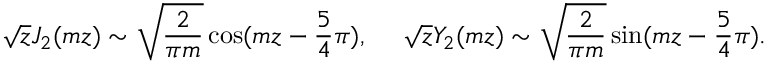
\sqrt { z } J _ { 2 } ( m z ) \sim \sqrt { { \frac { 2 } { \pi m } } } \cos ( m z - { \frac { 5 } { 4 } } \pi ) , ~ ~ ~ ~ \sqrt { z } Y _ { 2 } ( m z ) \sim \sqrt { { \frac { 2 } { \pi m } } } \sin ( m z - { \frac { 5 } { 4 } } \pi ) .